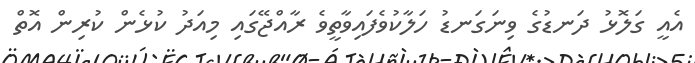
އެއީ ގަލޮޅު ދަނޑުގެ ވިނަގަނޑު ހަލާކުވެފައިވާތީވެ ރާއްޖޭގައި މިއަދު ކުޅެން ކުރިން އޮތް